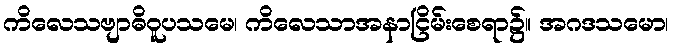
ကိလေသဗျာဓိဝူပသမေ၊ ကိလေသာအနာငြိမ်းစေရာ၌။ အဂဒသမော၊